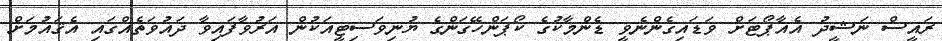
ރައީސް ނަޝީދު އެއާޕޯޓަށް ވަޑައިގެންނެވީ ޑެންމާކުގެ ކޯޕަންހޭގަންގެ ޔުނިވަސިޓީއަކުން އަރުވާފައިވާ ދައުވަތެއްގައި އެޤައުމަށް